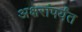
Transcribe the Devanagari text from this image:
अक्षरांपर्यंत